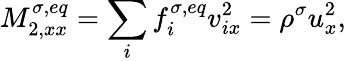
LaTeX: M_{2,xx}^{\sigma,eq}=\sum_{i}f_{i}^{\sigma,eq}v_{ix}^{2}=\rho^{\sigma}u_{x}^{2},